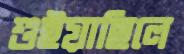
শুইয়াছিলে